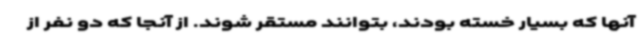
آنها که بسیار خسته بودند، بتوانند مستقر شوند. از آنجا که دو نفر از